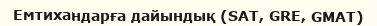
Емтихандарға дайындық (SAT, GRE, GMAT)